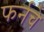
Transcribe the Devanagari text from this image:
फर्नचे